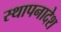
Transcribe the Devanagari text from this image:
स्थापनादेश